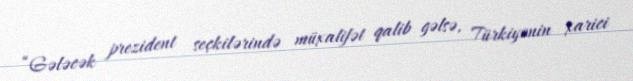
“Gələcək prezident seçkilərində müxalifət qalib gəlsə, Türkiyənin xarici